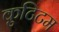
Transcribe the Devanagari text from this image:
कुटिटम